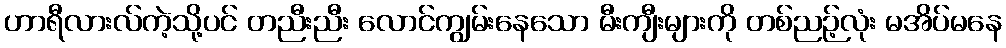
ဟာရီလားလ်ကဲ့သို့ပင် တညီးညီး လောင်ကျွမ်းနေသော မီးကျီးများကို တစ်ညဉ့်လုံး မအိပ်မနေ